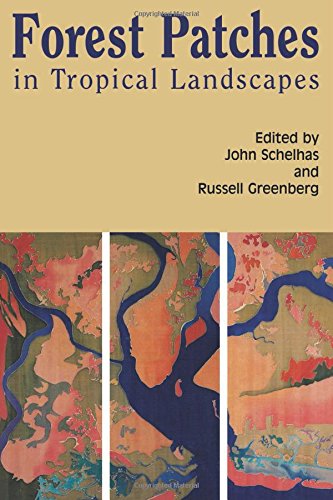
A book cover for Forest Patches in Tropical Landscapes; Science & Math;